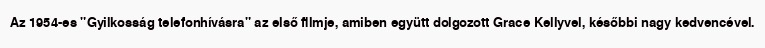
Az 1954-es "Gyilkosság telefonhívásra" az első filmje, amiben együtt dolgozott Grace Kellyvel, későbbi nagy kedvencével.